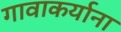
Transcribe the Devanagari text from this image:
गावाकर्याना